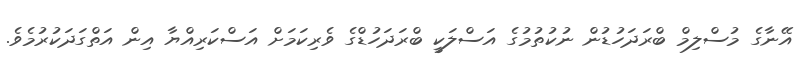
އޭނާގެ މުސްލިމް ބްރަދަހުޑުން ނުކުތުމުގެ އަސްލަކީ ބްރަދަހުޑްގެ ވެރިކަމަށް އަސްކަރިއްޔާ އިން އަތްގަދަކުރުމެވެ.